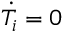
\dot { T } _ { i } = 0